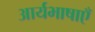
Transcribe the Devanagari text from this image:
आर्यभाषाएँ